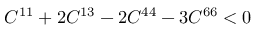
C ^ { 1 1 } + 2 C ^ { 1 3 } - 2 C ^ { 4 4 } - 3 C ^ { 6 6 } < 0